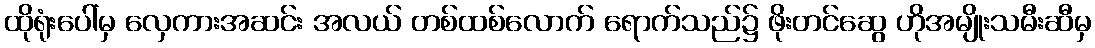
ထိုရုံးပေါ်မှ လှေကားအဆင်း အလယ် တစ်ထစ်လောက် ရောက်သည်၌ ဖိုးတင်ဆွေ ဟိုအမျိုးသမီးဆီမှ